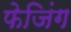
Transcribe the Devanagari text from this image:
फेजिंग